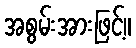
အစွမ်းအားဖြင့်။